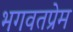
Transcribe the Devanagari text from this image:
भगवतप्रेम